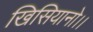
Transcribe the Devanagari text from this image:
खिसियानो।।